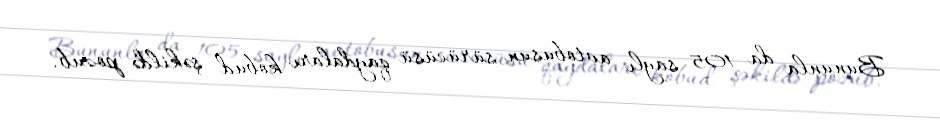
Bununla da 105 saylı avtobusun sürücüsü qaydaları kobud şəkildə pozub.